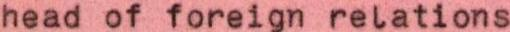
head of foreign relations